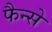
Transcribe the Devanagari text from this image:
फैन्से